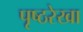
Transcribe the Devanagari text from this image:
पृष्ठरेखा